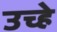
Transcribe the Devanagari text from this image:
उच्हे